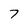
Character: 7